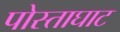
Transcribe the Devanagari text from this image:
पोस्ताघाट